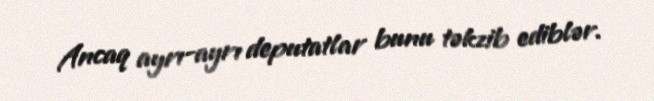
Ancaq ayrı-ayrı deputatlar bunu təkzib ediblər.